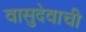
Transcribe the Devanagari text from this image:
वासुदेवाची